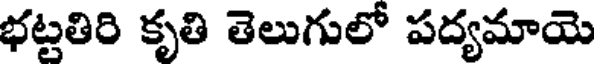
భట్టతిరి కృతి తెలుగులో పద్యమాయె